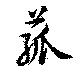
菰